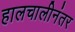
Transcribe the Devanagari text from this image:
हालचालीनंतर